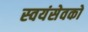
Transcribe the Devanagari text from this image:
स्‍वयंसेवको